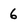
Character: 6